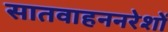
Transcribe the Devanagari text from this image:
सातवाहननरेशों